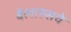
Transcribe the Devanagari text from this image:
बेलारुसचे